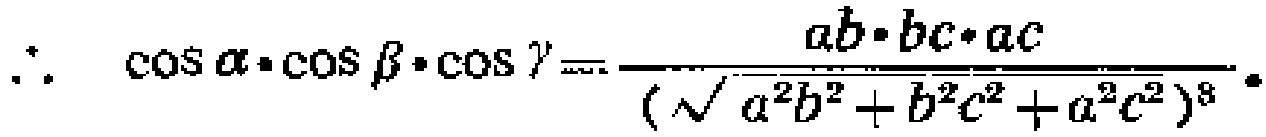
\(\therefore\ \cos \alpha\cdot\cos \beta\cdot\cos \gamma=\frac{ab\cdot bc\cdot ac}{(\sqrt{a^{2}b^{2}+b^{2}c^{2}+a^{2}c^{2}})^{3}}\)